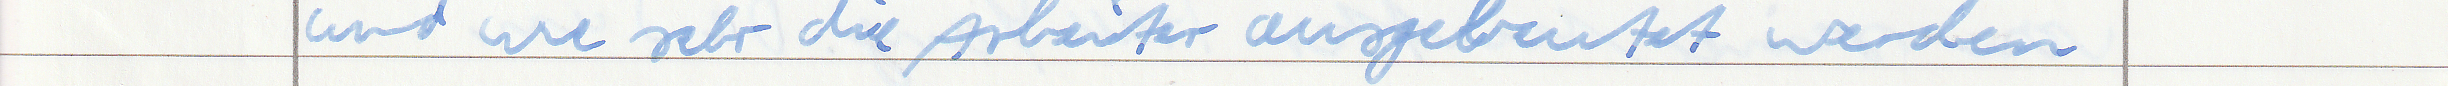
und wie sehr die Arbeiter ausgebeutet werden